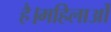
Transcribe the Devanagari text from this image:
है।महिलाओं